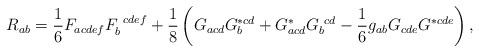
LaTeX: \begin{align*}R_{ab} = \frac{1}{6} F_{acdef} F_b^{~cdef} + \frac{1}{8} \left(G_{acd} G_b^{*cd} + G_{acd}^* G_b^{~cd} -\frac{1}{6} g_{ab} G_{cde}G^{*cde} \right),\end{align*}